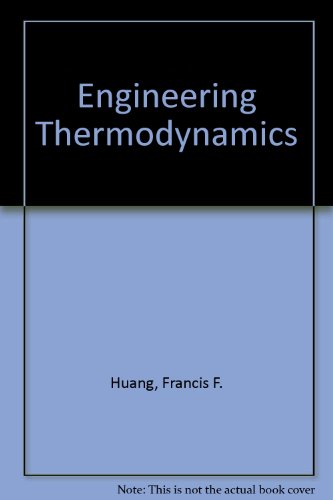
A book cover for Engineering Thermodynamics: Fundamentals and Applications; Francis F. Huang; Science & Math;